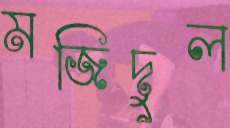
মজিদুল